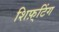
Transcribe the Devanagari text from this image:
शिफ़्टिंग